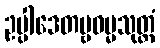
ဥပ္ပါဒေတဗ္ဗဓမ္မသုတ္တံ